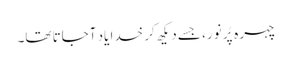
چہرہ پُر نور، جسے دیکھ کر خدا یاد آجاتا تھا۔